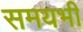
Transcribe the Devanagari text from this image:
समयभी